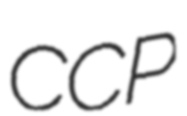
CCP